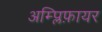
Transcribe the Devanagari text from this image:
अम्प्लिफ़ायर